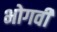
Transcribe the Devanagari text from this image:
भोगवी